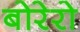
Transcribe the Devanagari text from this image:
बोरेरो